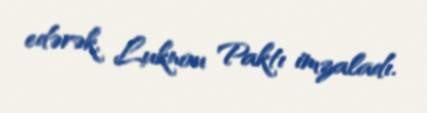
edərək, Luknou Paktı imzaladı.